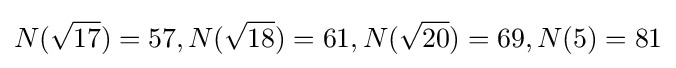
N({\sqrt {17}})=57,N({\sqrt {18}})=61,N({\sqrt {20}})=69,N(5)=81